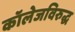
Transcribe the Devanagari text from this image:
कॉलेजविरुद्ध